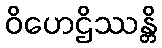
ဝိဟေဌိဿန္တိ